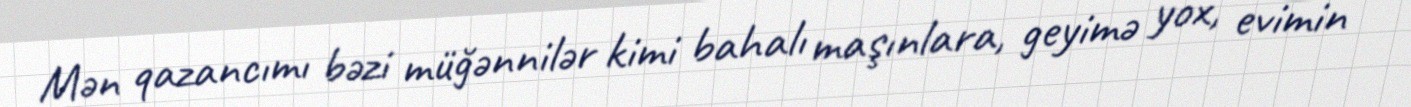
Mən qazancımı bəzi müğənnilər kimi bahalı maşınlara, geyimə yox, evimin